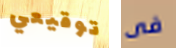
توقيعي فى